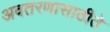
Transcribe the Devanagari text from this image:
अवतरणासाठीते